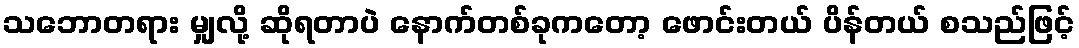
သဘောတရား မျှလို့ ဆိုရတာပဲ နောက်တစ်ခုကတော့ ဖောင်းတယ် ပိန်တယ် စသည်ဖြင့်